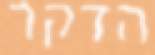
הדקר